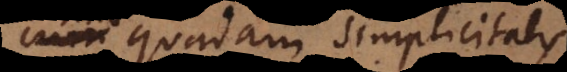
quadam simplicitatis